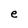
Character: e